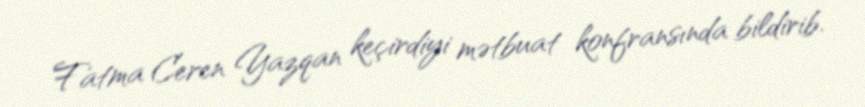
Fatma Ceren Yazqan keçirdiyi mətbuat konfransında bildirib.